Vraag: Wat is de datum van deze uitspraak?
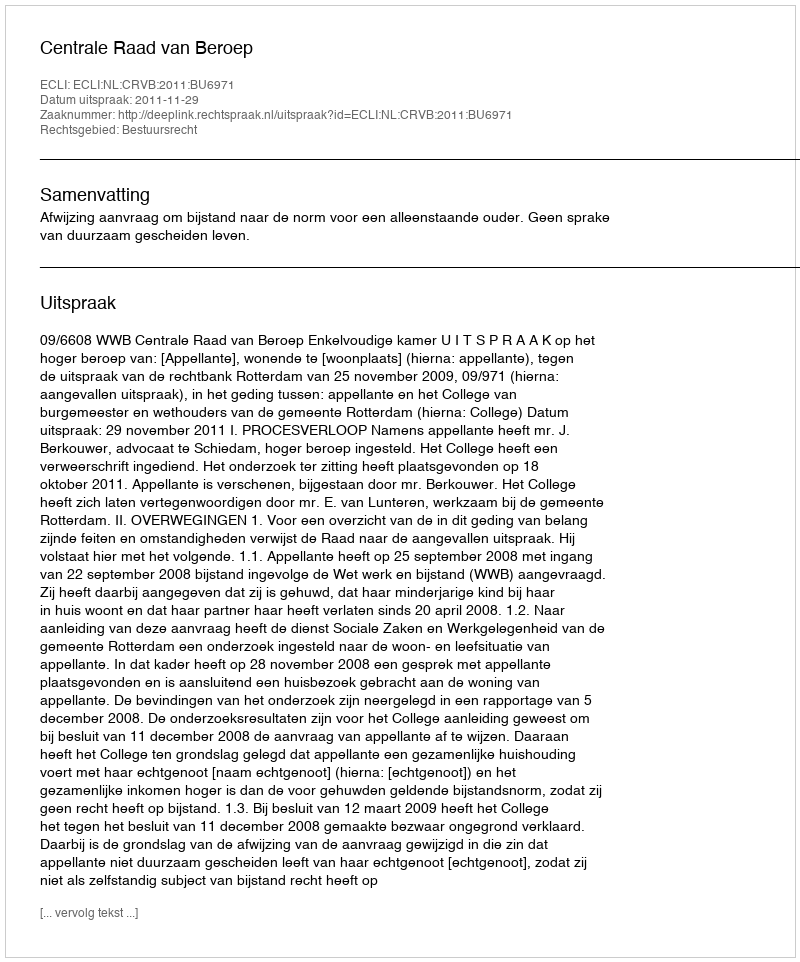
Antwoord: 2011-11-29